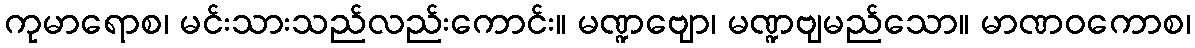
ကုမာရောစ၊ မင်းသားသည်လည်းကောင်း။ မဏ္ဍဗျော၊ မဏ္ဍဗျမည်သော။ မာဏဝကောစ၊